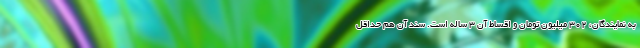
به نمایندگان، ۳۰۲ میلیون تومان و اقساط آن ۳ ساله است. سند آن هم حداقل